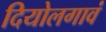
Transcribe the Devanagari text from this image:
दियोलगावं